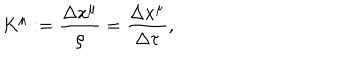
K ^ { \mu } : = \frac { \Delta x ^ { \mu } } { \rho } = \frac { \Delta x ^ { \mu } } { \Delta \tau } ,